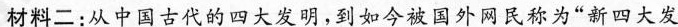
材料二:从中国古代的四大发明，到如今被国外网民称为“新四大发